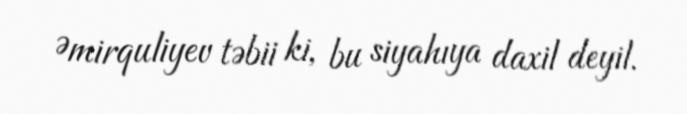
Əmirquliyev təbii ki, bu siyahıya daxil deyil.